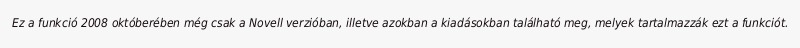
Ez a funkció 2008 októberében még csak a Novell verzióban, illetve azokban a kiadásokban található meg, melyek tartalmazzák ezt a funkciót.